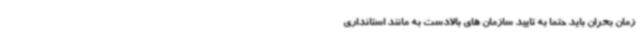
زمان بحران باید حتما به تایید سازمان های بالادست به مانند استانداری